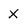
Character: X